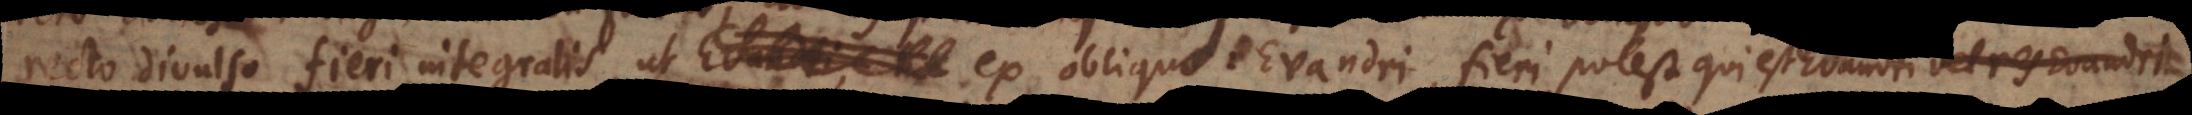
recto divulso fieri integralis, ut ex obliquo: Evandri, fieri potest qui est Evandr